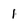
Character: 1